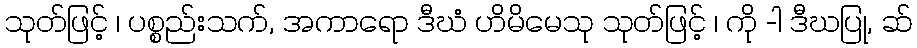
သုတ်ဖြင့် ၊ ပစ္စည်းသက်, အကာရော ဒီဃံ ဟိမိမေသု သုတ်ဖြင့် ၊ ကို -ါ ဒီဃပြု, ဆ်